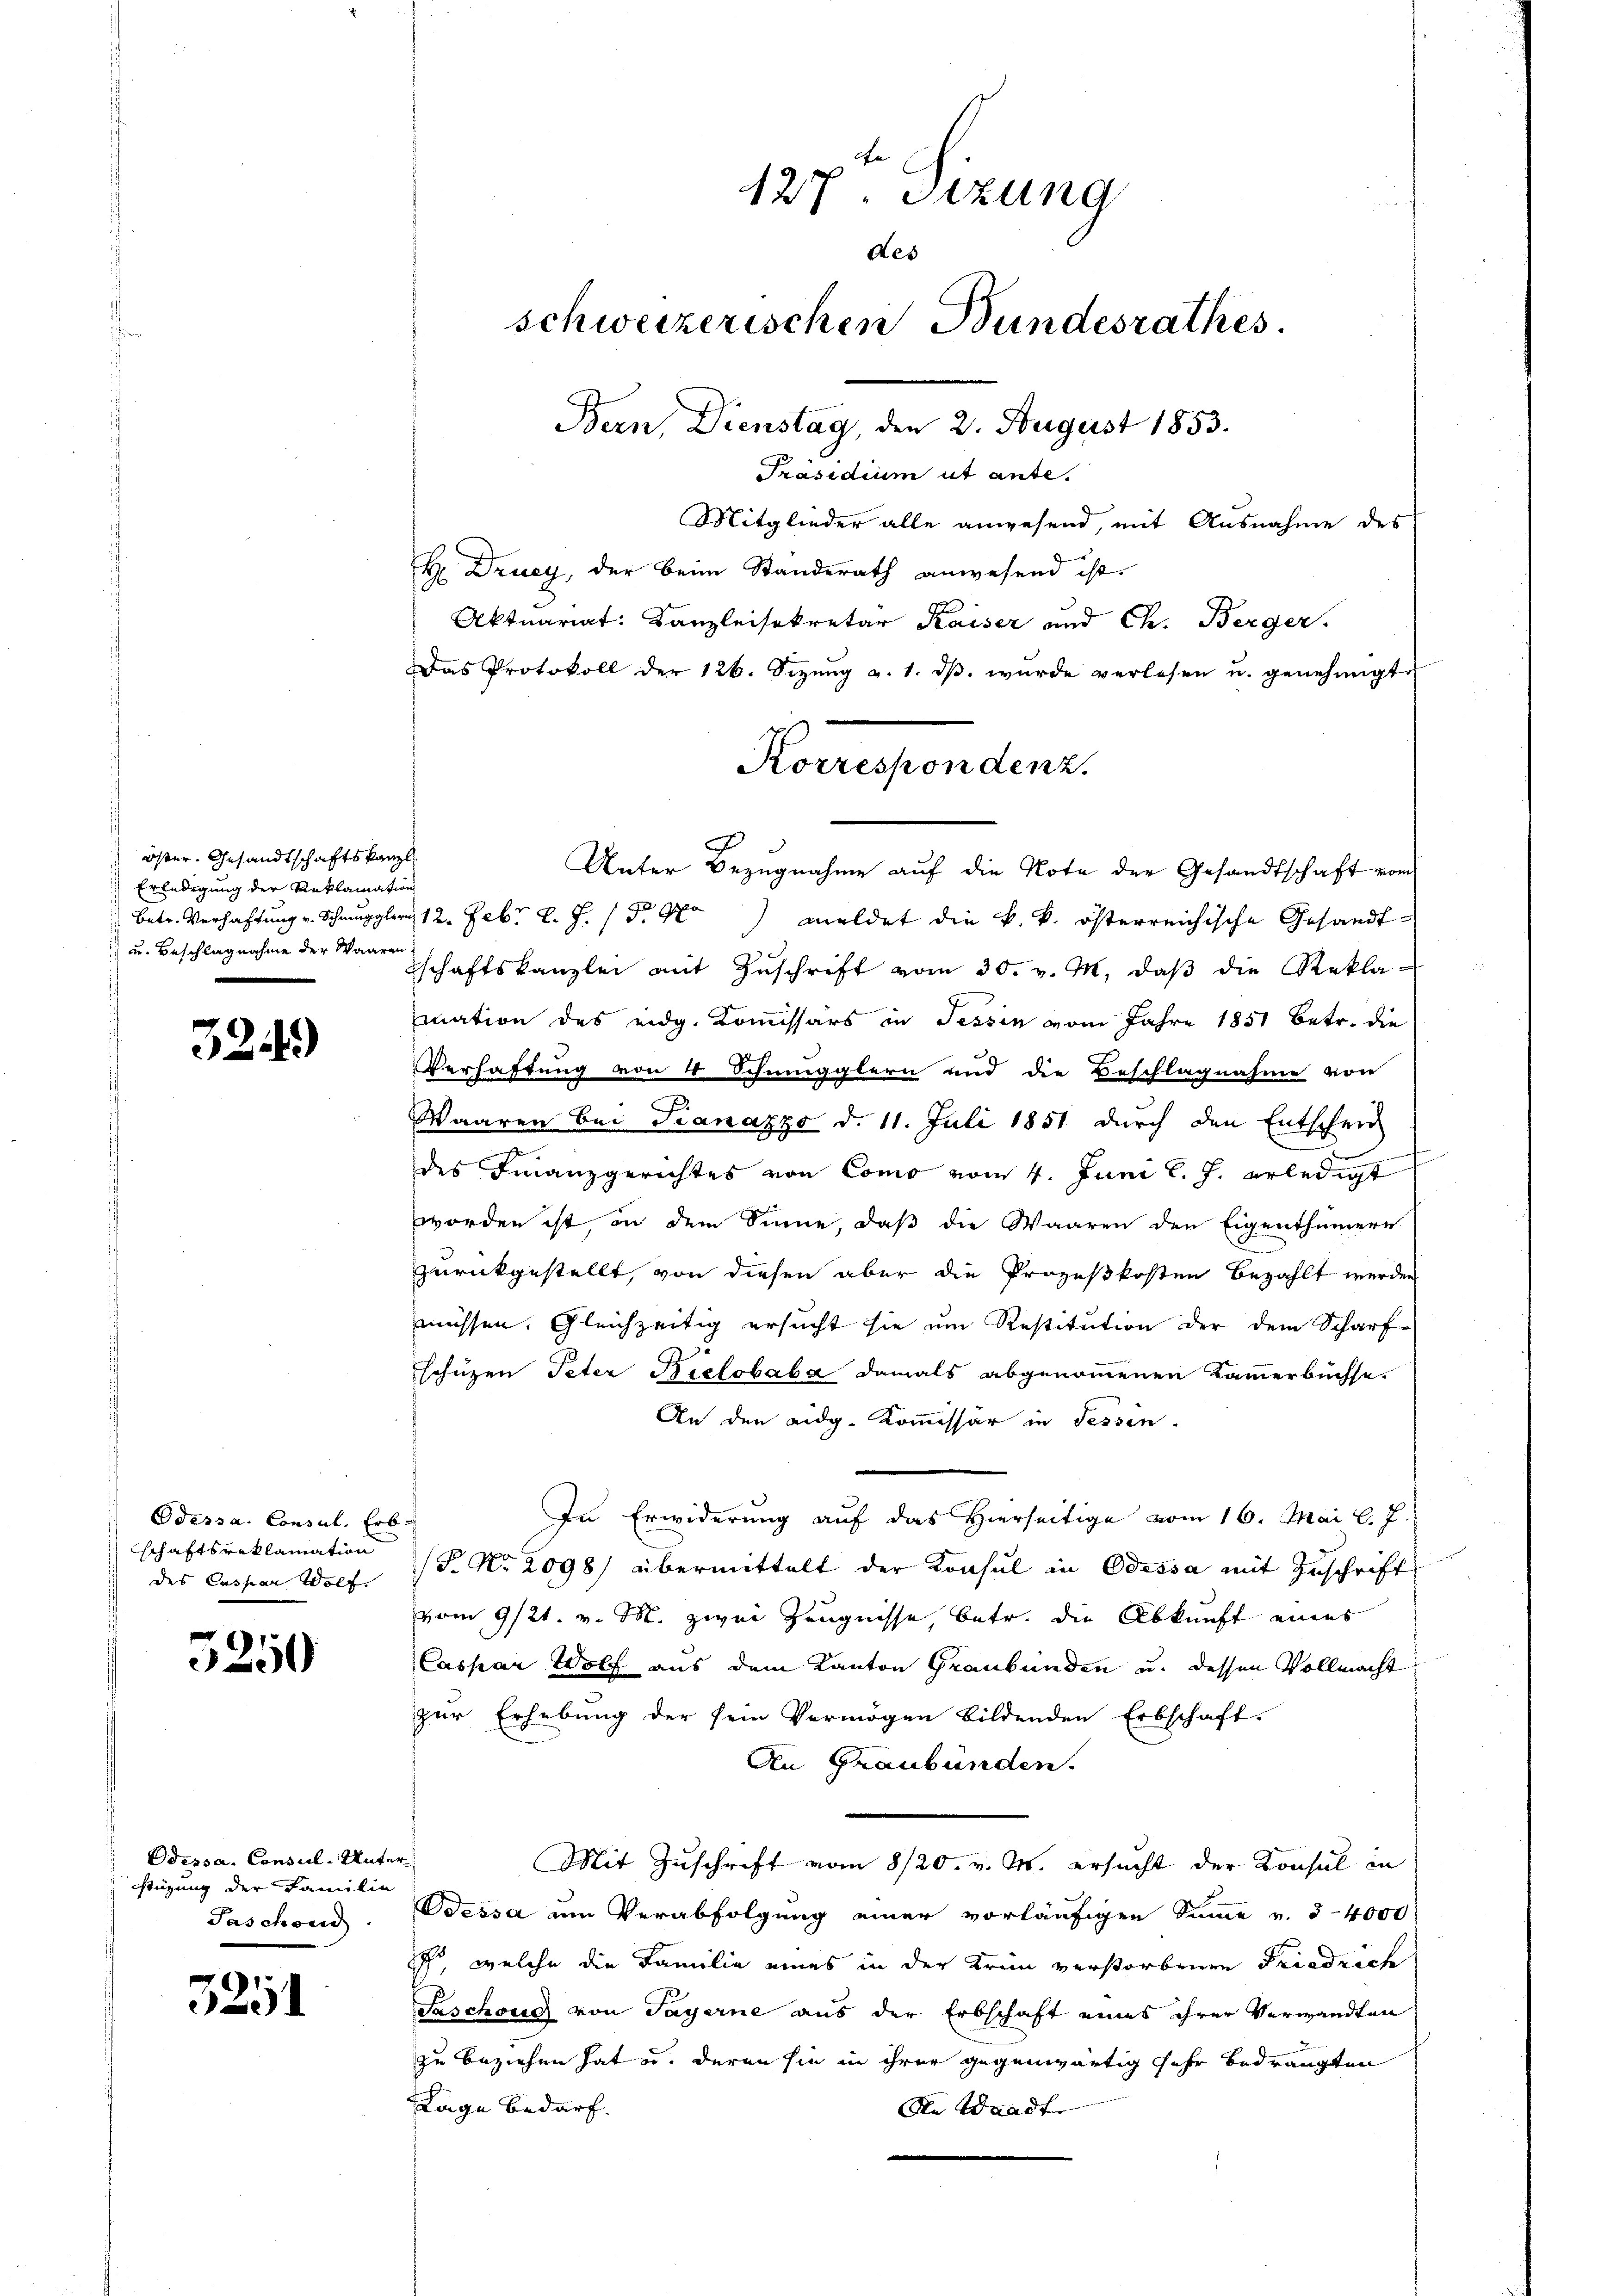
Öster Gesandtschaftskanzl
Erledigung der Reklamation
 u. Beschlagnahme der Waaren

324.)

Odessa. Consul, Erb-
schaftsreklamation
des Caspar Wolf.

5250

Odessa. Consul-Unterstüzung der Familie
Taschon

5251

127ten Sizung
des
schweizerischen Bundesrathes.
Bern, Dienstag, den 2. August 1853.
Präsidium ut ante.
Mitglieder alle anwesend, mit Ausnahme des
Hr Druey, der beim Standerath anwesend ist.
Aktuariat: Kanzleisekretär Kaiser und Ch. Berger.
Das Protokoll der 126. Sizŭng a. 1. dβ. wurde verlesen u. genehmigt.

Korrespondenz.

Unter Bezugnahme auf die Note der Gesandtschaft vom
betr. Verhaftung v. Schmugglern 12. Febr. l. J. P. M. meldet die k. k. österreichische Gesandt
schaftskanzlei mit Zŭschrift vom 30. v. M. daβ die Rekla-
mation des eidg. Kommissärs in Tessin vom Jahre 1851 betr. die
Verhaftung von 4 Schmugglern und die Beschlagnahme von
x
Waaren bei Sanazzo d. 11. Juli 1851 durch den Entschrie
t
des Finanzgerichtes von Como vom 4. Juni l. J. erledigt
worden ist, in dem Sinne, daß die Waaren den Eigenthümern
zurückgestellt, von diesen aber die Prozeßkosten bezahlt werden
müssen. Gleichzeitig ersucht sie um Restitution der dem Scharf-
schüzen Peter Reclobaba damals abgenommenen Kammerbüchse.
An den eidg. Kommissär in Tessin.
In Erwiderung auf das Hierseitige vom 16. Mai l. J.
T. No. 2098) übermittelt der Konsul in Odessa mit Zuschrift
vom 9/21. v. M. zwei Zeugnisse, betr. die Abkunft eines
Caspar Wolf aus dem Kanton Graubünden u. dessen Vollmacht
zur Erhebung der sein Vermögen bildenden Erbschaft.
An Graubünden.
Mit Zuschrift vom 8/20. v. M. ersucht der Konsul in
essa am Verabfolgung einer vorläufigen Summe v. 3-4000
, welche die Familie eines in der Krin verstorbenen Friedrich
Saschons von Payerne aus der Erbschaft eines ihrer Verwandten
zu beziehen hat u. deren sie in ihrer gegenwärtig sehr bedrängten
Lage bedarf.
An Waadt.